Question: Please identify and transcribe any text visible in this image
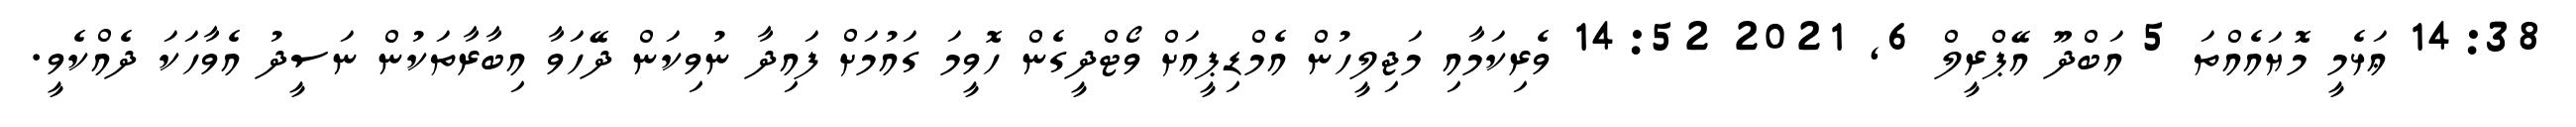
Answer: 14:38 ޢަޅެމީ މޮޔައެއްތަ 5 އަބްދޫ އޭޕްރީލް 6, 2021 14:52 ވެރިކަމާއި މަޖިލީހުން އެމްޑިޕީއަށް ވޯޓްދީގެން ހޮވީމަ ގައުމަށް ފައިދާ ނުވިކަން ދޭހަވާ އިބާރާތަކުން ނަސީދު އެވާހަކަ ދެއްކެވީ.